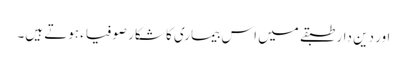
اور دین دار طبقے میں اس بیماری کا شکار صوفیاء ہوتے ہیں۔